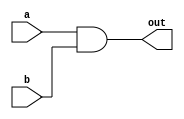
//experiment 1.1
module CALAND(out,a,b);
	output out;
	input a,b;
	wire a,b,out;
	and (out,a,b);
endmodule

module Exper1_1;
	reg a,b;
	wire out;
	CALAND e1_1 (out,a,b);
	initial
	begin
		$dumpfile("Ex1_1.vcd");
		$dumpvars(0,e1_1);
		a=0;b=1;
		#5 b=0;
		#5 b=1;
		#5 a=1;
		#5 $finish;
	end
endmodule